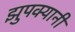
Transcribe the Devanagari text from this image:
झुपक्यानी